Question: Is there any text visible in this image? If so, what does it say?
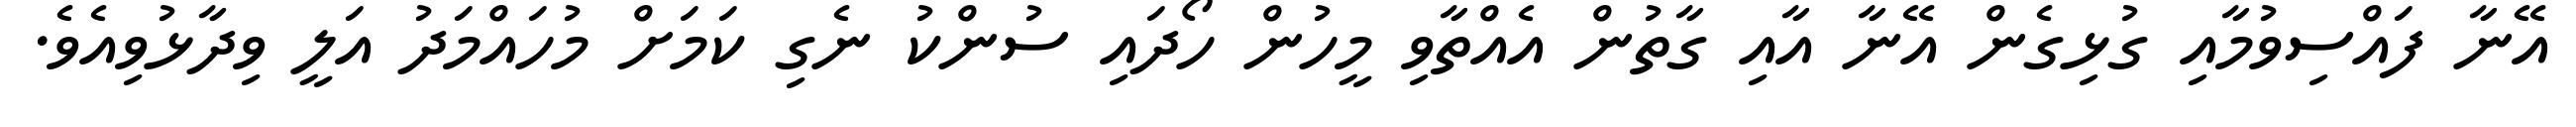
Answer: އޭނާ ފައްސިވުމާއި ގުޅިގެން އޭނާ އާއި ގާތުން އެއްތާވި މީހުން ހޯދައި ސުންކު ނެގި ކަމަށް މުހައްމަދު އަލީ ވިދާޅުވިއެވެ.